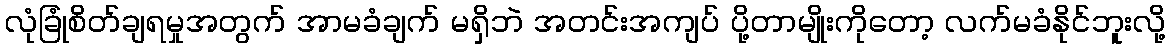
လုံခြုံစိတ်ချရမှုအတွက် အာမခံချက် မရှိဘဲ အတင်းအကျပ် ပို့တာမျိုးကိုတော့ လက်မခံနိုင်ဘူးလို့